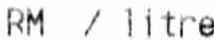
RM / LITRE